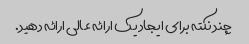
چند نکته برای ایجاد یک ارائه عالی ارائه دهید.